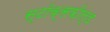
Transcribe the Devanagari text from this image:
स्टॉक्सफ़ील्ड